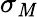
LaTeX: \sigma_{\mathit{M}}